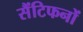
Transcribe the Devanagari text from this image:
सैंटिफनों